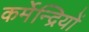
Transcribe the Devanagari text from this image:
कर्मेन्द्रियों